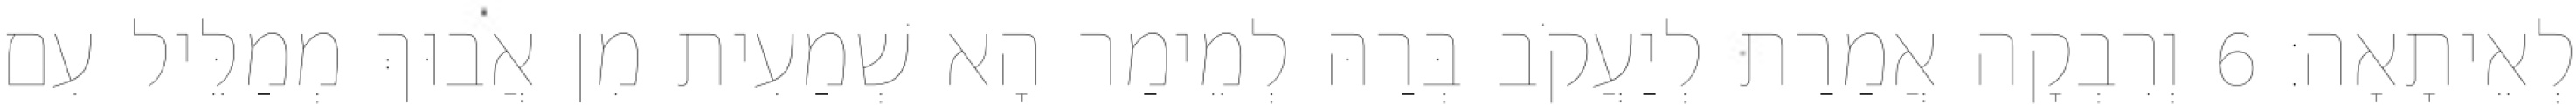
לְאֵיתָאָה׃ 6 וְרִבְקָה אֲמַרַת לְיַעֲקֹב בְּרַהּ לְמֵימַר הָא שְׁמַעִית מִן אֲבוּךְ מְמַלֵּיל עִם